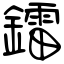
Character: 鐳